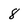
Character: 8